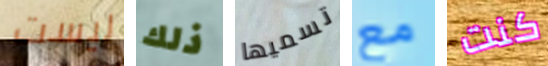
ليست ذلك تسميها مع كنت